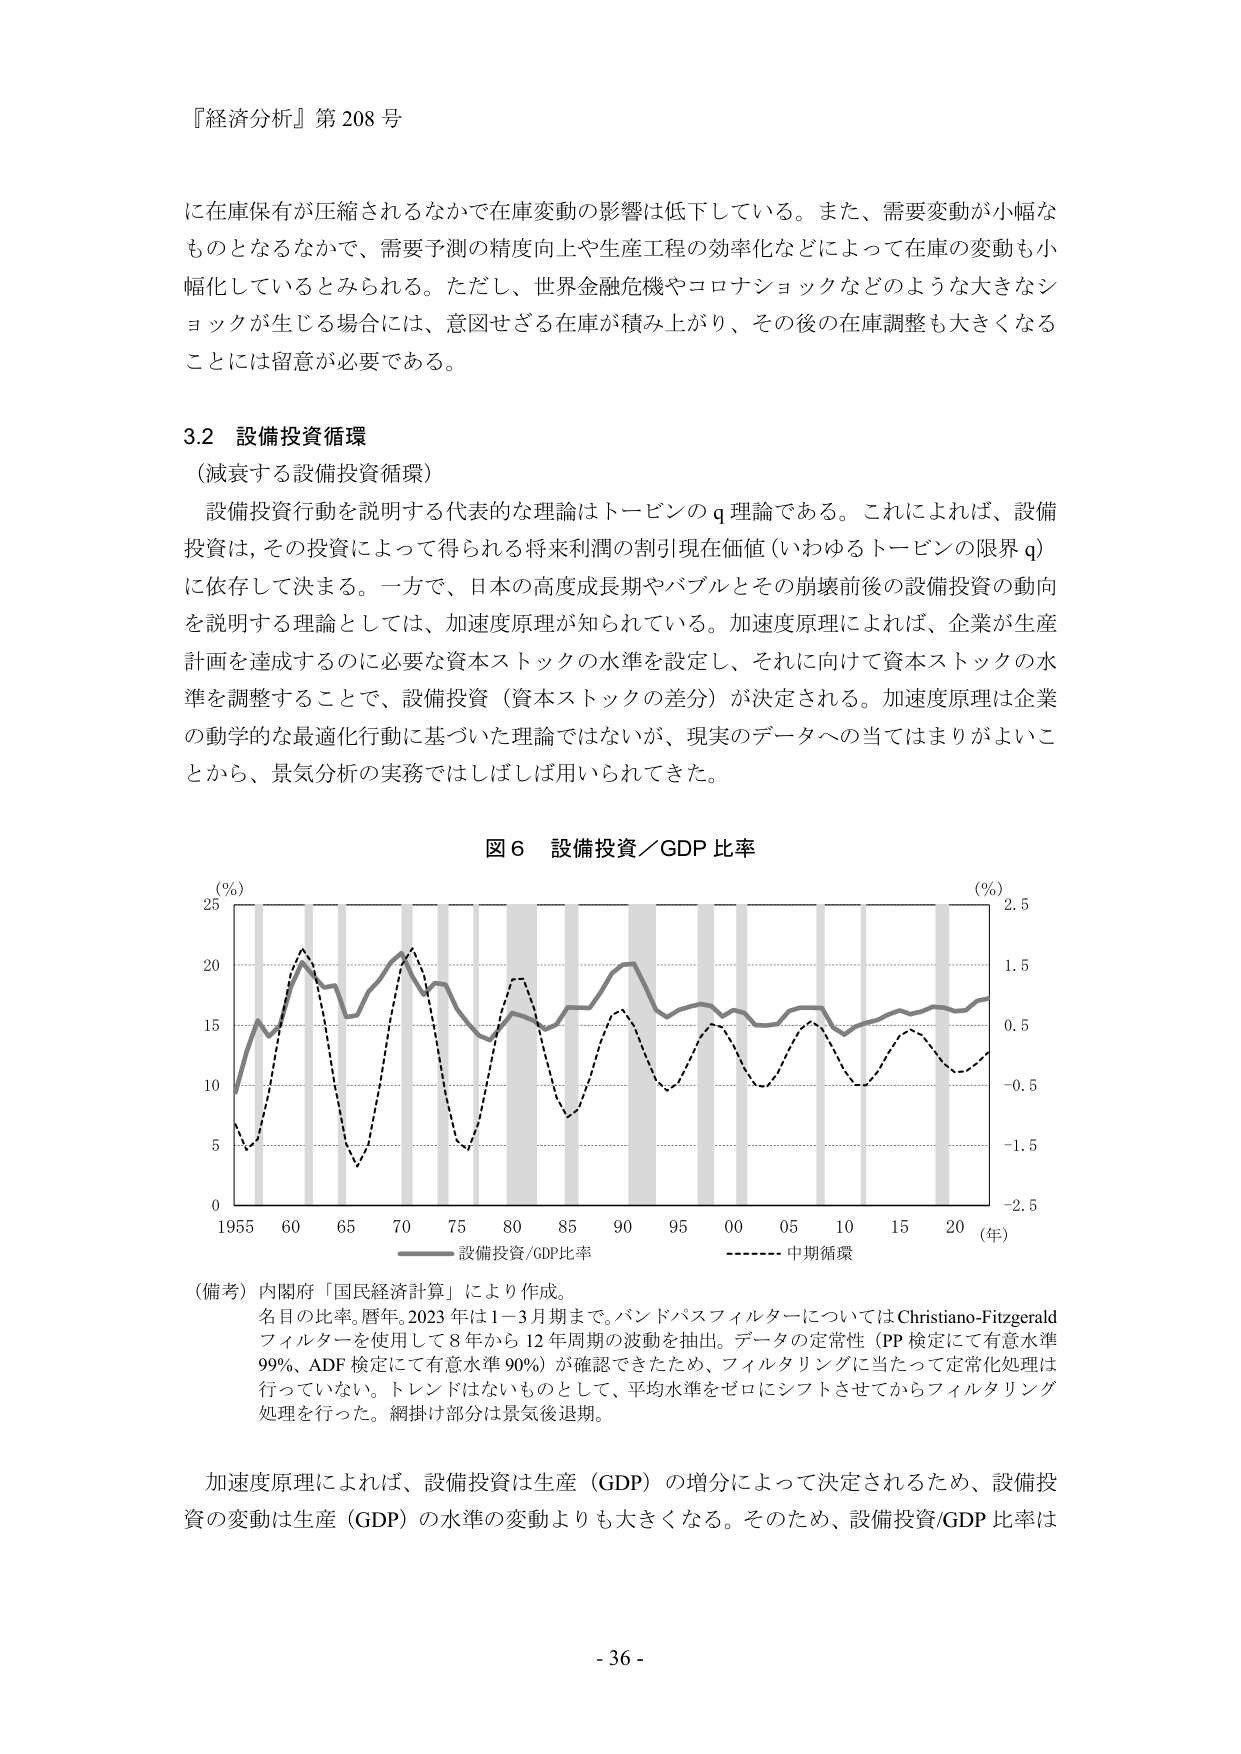
『経済分析』第 208 号

に在庫保有が圧縮されるなかで在庫変動の影響は低下している。また、需要変動が小幅なものとなるなかで、需要予測の精度向上や生産工程の効率化などによって在庫の変動も小幅化しているとみられる。ただし、世界金融危機やコロナショックなどのような大きなショックが生じる場合には、意図せざる在庫が積み上がり、その後の在庫調整も大きくなることには留意が必要である。

3.2 設備投資循環
（減衰する設備投資循環）
設備投資行動を説明する代表的な理論はトービンの q 理論である。これによれば、設備投資は、その投資によって得られる将来利潤の割引現在価値（いわゆるトービンの限界 q）に依存して決まる。一方で、日本の高度成長期やバブルとその崩壊前後の設備投資の動向を説明する理論としては、加速度原理が知られている。加速度原理によれば、企業が生産計画を達成するのに必要な資本ストックの水準を設定し、それに向けて資本ストックの水準を調整することで、設備投資（資本ストックの差分）が決定される。加速度原理は企業の動学的な最適化行動に基づいた理論ではないが、現実のデータへの当てはまりがよいことから、景気分析の実務ではしばしば用いられてきた。

図 6 設備投資／GDP 比率

(%) 25
    20
    15
    10
     5
     0
1955 60 65 70 75 80 85 90 95 00 05 10 15 20 (年)
        設備投資/GDP比率
        中期循環
(%) 2.5
    1.5
    0.5
   -0.5
  -1.5
 -2.5

（備考）内閣府「国民経済計算」により作成。
名目の比率。暦年。2023 年は 1－3 月期まで。バンドパスフィルターについては Christiano-Fitzgerald フィルターを使用して 8 年から 12 年周期の波動を抽出。データの定常性（PP 検定にて有意水準 99%、ADF 検定にて有意水準 90%）が確認できたため、フィルタリングに当たって定常化処理は行っていない。トレンドはないものとして、平均水準をゼロにシフトさせてからフィルタリング処理を行った。網掛け部分は景気後退期。

加速度原理によれば、設備投資は生産（GDP）の増分によって決定されるため、設備投資の変動は生産（GDP）の水準の変動よりも大きくなる。そのため、設備投資/GDP 比率は

- 36 -